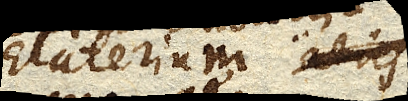
Elaterium quo aeris